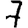
Digit: 7